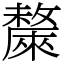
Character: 斄